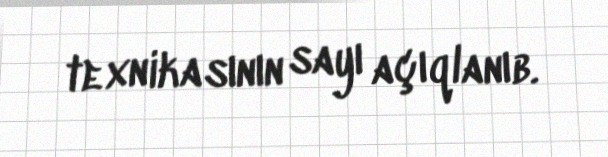
texnikasının sayı açıqlanıb.